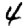
Digit: 4